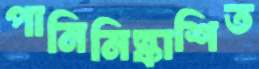
পানিনিষ্কাশিত